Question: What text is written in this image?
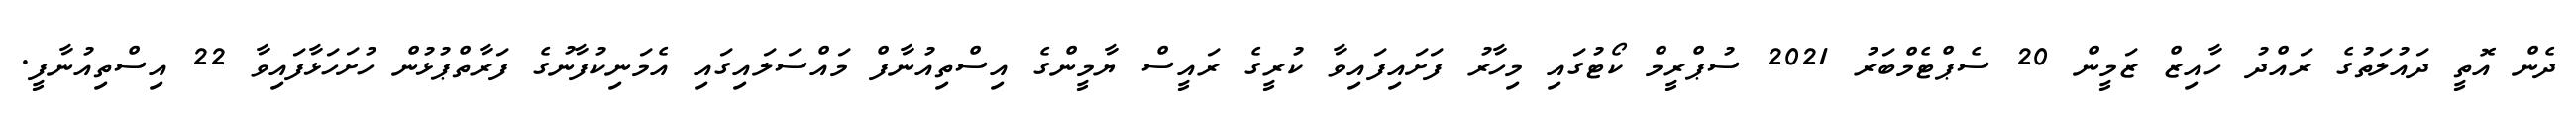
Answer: ދެން އޮތީ ދައުލަތުގެ ރައްދު ހާއިޒް ޒަމީން 20 ސެޕްޓެމްބަރު 2021 ސުޕްރީމް ކޯޓުގައި މިހާރު ފަށައިފައިވާ ކުރީގެ ރައީސް ޔާމީންގެ އިސްތިއުނާފް މައްސަލައިގައި އެމަނިކުފާނުގެ ފަރާތްޕުޅުން ހުށަހަޅާފައިވާ 22 އިސްތިއުނާފީ.